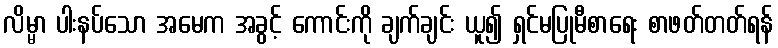
လိမ္မာ ပါးနပ်သော အမေက အခွင့် ကောင်းကို ချက်ချင်း ယူ၍ ရှင်မပြုမီစာရေး စာဖတ်တတ်ရန်